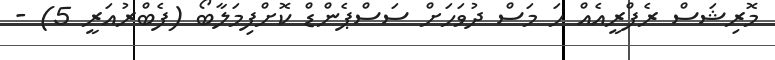
މޮރިޝަސް ރެފްރީއެއް ހަ މަސް ދުވަހަށް ސަސްޕެންޑް ކޮށްފިމަލާބޯ (ފެބްރުއަރީ 5) -